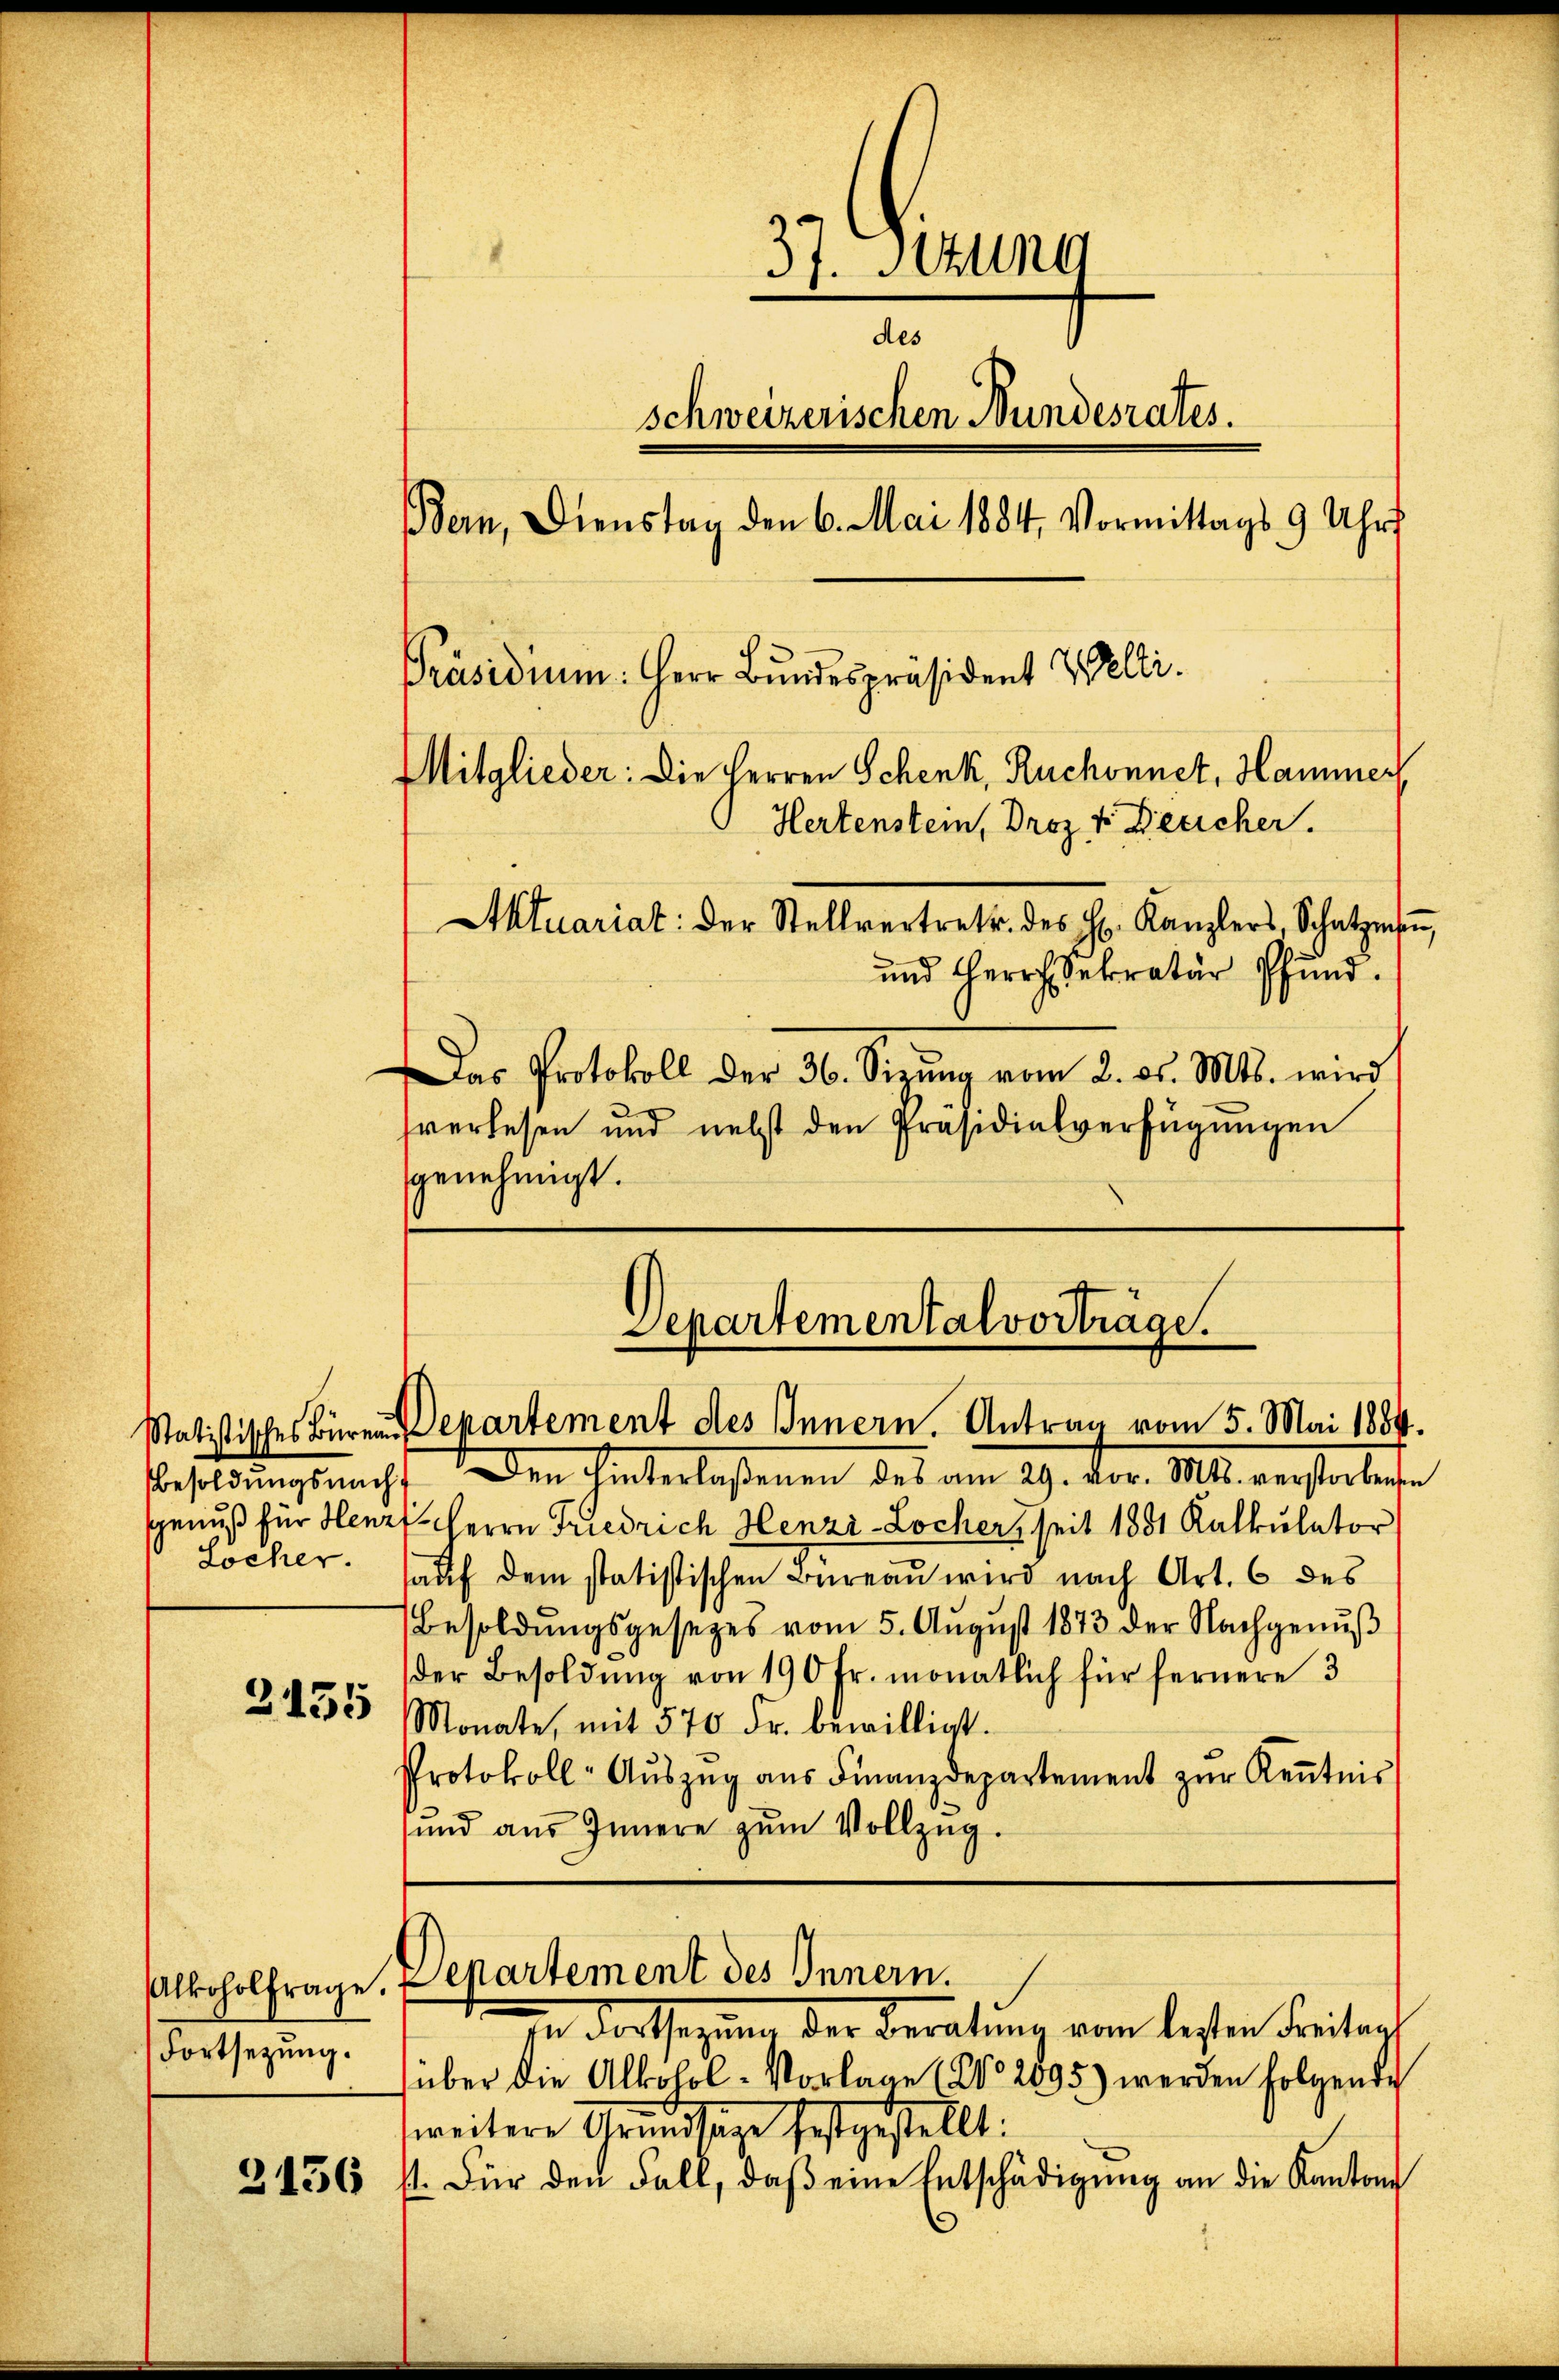
2155

Fortsetzung.

37. Setzung
des
schweizerischen Bundesrates.
dern, Dienstag den 6. Mai 1884. Vormittags 9 Uhr
Präsidium: Herr Bundespräsident Welti.
Mitglieder: Die Herren Schenk, Ruchonnet, Hammer
Hertenstein, Droz 4 Decicher.
Aktuariat der Stellvertrett. des Hr. Kanzlers, Schatzesen,
und Herr Sekretär Pfund
Das Protokoll der 36. Sizŭng vom 2. ds. Mts. wird

sverlesen und nebst den Präsidialverfügungen
genehmigt.

Departementalvorträge.
Statistisches Büren. Separtement des Innern. Antrag vom 5. Mai 1884.

Besoldungsmacht den Interlaßenen des am 29. Der 1840. verstortete
Genuß für Henzt. Herrn Friedrich Henzi-Locher, seit 1881 Kalkulator
Locher auf dem statistischen Bureau wird nach Art. 6 des
Besoldŭngsgesetzes vom 5. Aŭgŭst 1873 der Nachgenŭβ
der Besoldung von 190 Fr. monatlich für fernere 3
Monate, mit 570 Fr. bewilligt.
Protokoll-Aŭszŭg aŭs Finanzdepartement zŭr Keṅtnis
ŭnd aŭs Innere zŭm Vollzŭg.

iIn ders seinen der Beratung vom besten Freitag
über die Alkohol-Vorlage (No. 2095) werden folgende
weitere Grundstage festgestellt:
2136 f. Für den Fall, daβ eine Entschädigŭng an die Kanton

Alkoholfrage, Departement des Innern.